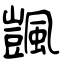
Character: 颽